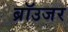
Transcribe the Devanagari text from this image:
ब्रॉउजर